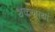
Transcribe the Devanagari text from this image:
शकणार्या